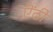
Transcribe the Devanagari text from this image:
ऎंठी